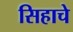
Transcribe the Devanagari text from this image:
सिहाचे